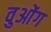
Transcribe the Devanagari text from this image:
वुओंग